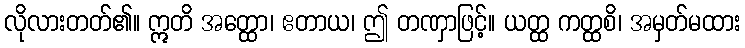
လိုလားတတ်၏။ ဣတိ အတ္ထော၊ ဧတာယ၊ ဤ တဏှာဖြင့်။ ယတ္ထ ကတ္ထစိ၊ အမှတ်မထား